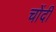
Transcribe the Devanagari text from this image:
चोंदी